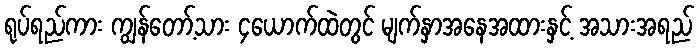
ရုပ်ရည်ကား ကျွန်တော့်သား ၄ယောက်ထဲတွင် မျက်နှာအနေအထားနှင့် အသားအရည်